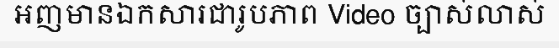
អញមានឯកសារជារូបភាព Video ច្បាស់លាស់